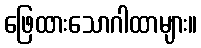
ဖြေထားသောဂါထာများ။